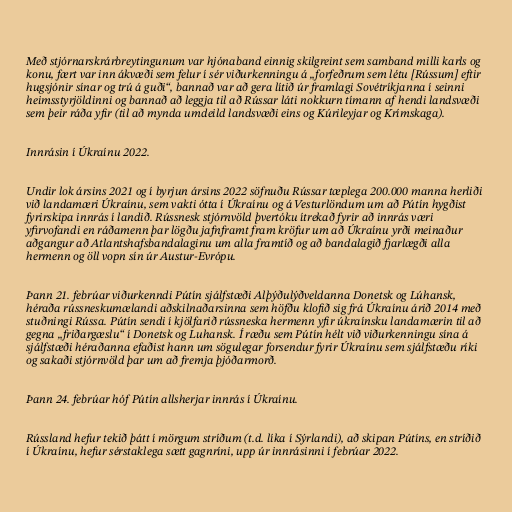
Með stjórnarskrárbreytingunum var hjónaband einnig skilgreint sem samband milli karls og
konu, fært var inn ákvæði sem felur í sér viðurkenningu á „forfeðrum sem létu [Rússum] eftir
hugsjónir sínar og trú á guði“, bannað var að gera lítið úr framlagi Sovétríkjanna í seinni
heimsstyrjöldinni og bannað að leggja til að Rússar láti nokkurn tímann af hendi landsvæði
sem þeir ráða yfir (til að mynda umdeild landsvæði eins og Kúrileyjar og Krímskaga).

Innrásin í Úkraínu 2022.

Undir lok ársins 2021 og í byrjun ársins 2022 söfnuðu Rússar tæplega 200.000 manna herliði
við landamæri Úkraínu, sem vakti ótta í Úkraínu og á Vesturlöndum um að Pútín hygðist
fyrirskipa innrás í landið. Rússnesk stjórnvöld þvertóku ítrekað fyrir að innrás væri
yfirvofandi en ráðamenn þar lögðu jafnframt fram kröfur um að Úkraínu yrði meinaður
aðgangur að Atlantshafsbandalaginu um alla framtíð og að bandalagið fjarlægði alla
hermenn og öll vopn sín úr Austur-Evrópu.

Þann 21. febrúar viðurkenndi Pútín sjálfstæði Alþýðulýðveldanna Donetsk og Lúhansk,
héraða rússneskumælandi aðskilnaðarsinna sem höfðu klofið sig frá Úkraínu árið 2014 með
stuðningi Rússa. Pútín sendi í kjölfarið rússneska hermenn yfir úkraínsku landamærin til að
gegna „friðargæslu“ í Donetsk og Luhansk. Í ræðu sem Pútín hélt við viðurkenningu sína á
sjálfstæði héraðanna efaðist hann um sögulegar forsendur fyrir Úkraínu sem sjálfstæðu ríki
og sakaði stjórnvöld þar um að fremja þjóðarmorð.

Þann 24. febrúar hóf Pútín allsherjar innrás í Úkraínu.

Rússland hefur tekið þátt í mörgum stríðum (t.d. líka í Sýrlandi), að skipan Pútíns, en stríðið
í Úkraínu, hefur sérstaklega sætt gagnríni, upp úr innrásinni í febrúar 2022.